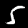
Label: 5